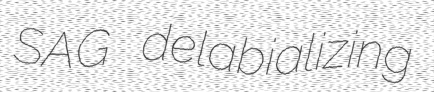
SAG delabializing